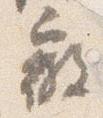
微